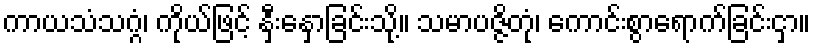
ကာယသံသဂ္ဂံ၊ ကိုယ်ဖြင့် နှီးနှောခြင်းသို့။ သမာပဇ္ဇိတုံ၊ ကောင်းစွာရောက်ခြင်းငှာ။